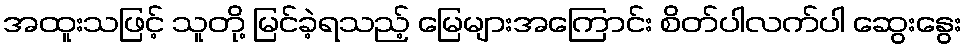
အထူးသဖြင့် သူတို့ မြင်ခဲ့ရသည့် မြေများအကြောင်း စိတ်ပါလက်ပါ ဆွေးနွေး